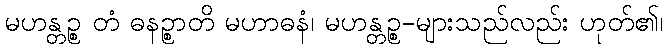
မဟန္တဉ္စ တံ ဓနဉ္စာတိ မဟာဓနံ၊ မဟန္တဉ္စ-များသည်လည်း ဟုတ်၏၊